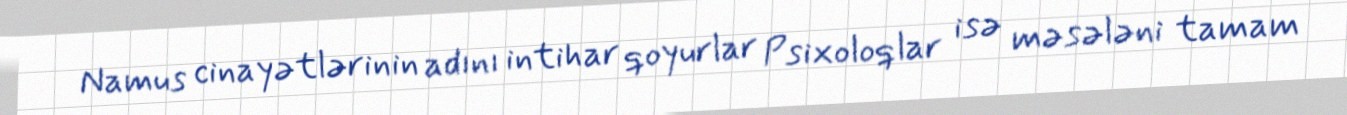
Namus cinayətlərinin adını intihar qoyurlar Psixoloqlar isə məsələni tamam